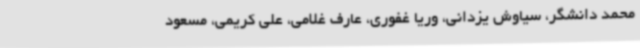
محمد دانشگر، سیاوش یزدانی، وریا غفوری، عارف غلامی، علی کریمی، مسعود